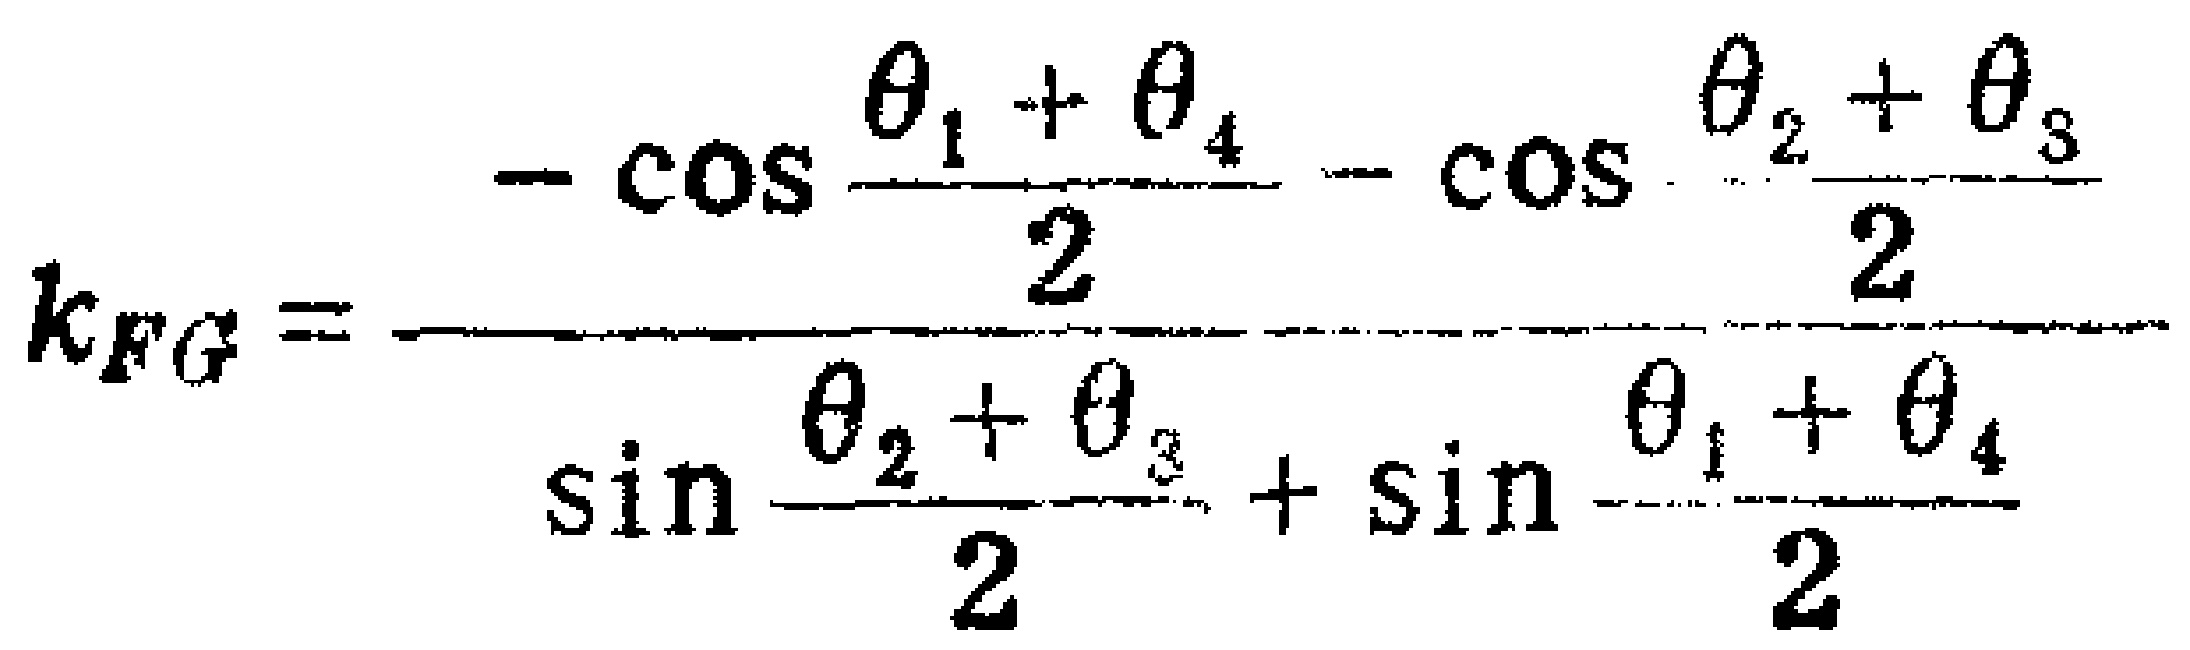
\[k_{FG}=\frac{-\cos\frac{\theta_{1}+\theta_{4}}{2}-\cos\frac{\theta_{2}+\theta_{3}}{2}}{\sin\frac{\theta_{2}+\theta_{3}}{2}+\sin\frac{\theta_{1}+\theta_{4}}{2}}\]